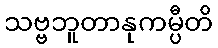
သဗ္ဗဘူတာနုကမ္ပီတိ